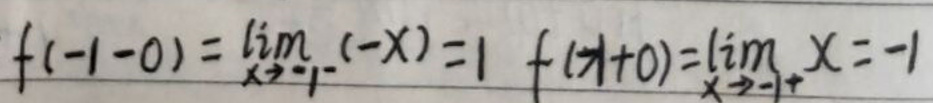
\[
f(-1 - 0)=\lim_{x\rightarrow - 1^{-}}(-x)=1\quad f(-1 + 0)=\lim_{x\rightarrow - 1^{+}}x=-1
\]